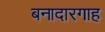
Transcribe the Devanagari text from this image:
बनादारगाह